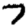
Digit: 7